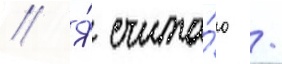
// Я́ счита́ю /